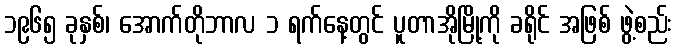
၁၉၆၅ ခုနှစ်၊ အောက်တိုဘာလ ၁ ရက်နေ့တွင် ပူတာအိုမြို့ကို ခရိုင် အဖြစ် ဖွဲ့စည်း